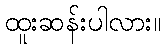
ထူးဆန်းပါလား။